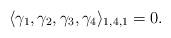
LaTeX: \begin{align*}\langle \gamma_1,\gamma_2,\gamma_3,\gamma_4\rangle_{1,4,1}=0.\end{align*}